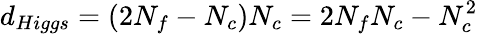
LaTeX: d_{Higgs}=(2N_{f}-N_{c})N_{c}=2N_{f}N_{c}-N_{c}^{2}